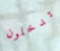
تدخلون